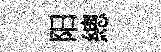
阳總